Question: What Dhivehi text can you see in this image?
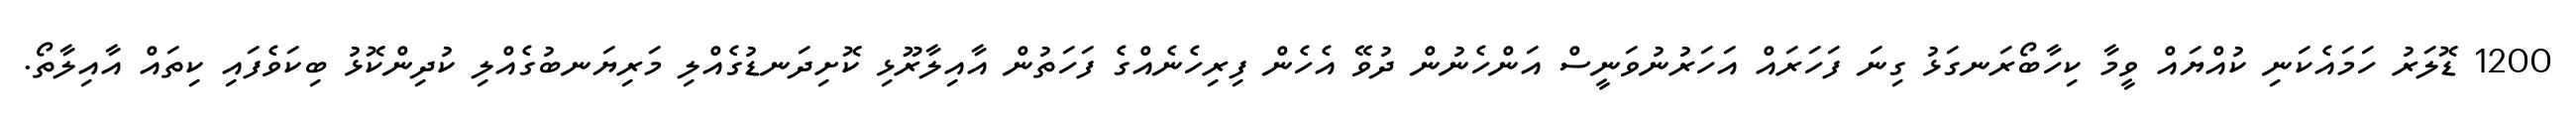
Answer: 1200 ޑޮލަރު ހަމައެކަނި ކުއްޔައް ވީމާ ކިހާބޯރަނގަޅު ގިނަ ފަހަރައް އަހަރުނުވަނީސް އަންހެނުން ދުވޭ އެހެން ފިރިހެނެއްގެ ފަހަތުން އާއިލާރޫޅި ކޮށިދަނޑުގެއްލި މަރިޔަނބުގެއްލި ކުދިންކޮޅު ބިކަވެފައި ކިތައް އާއިލާތޯ.